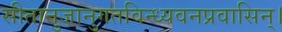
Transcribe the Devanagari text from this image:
सीतानुजानुगतविन्ध्यवनप्रवासिन्।